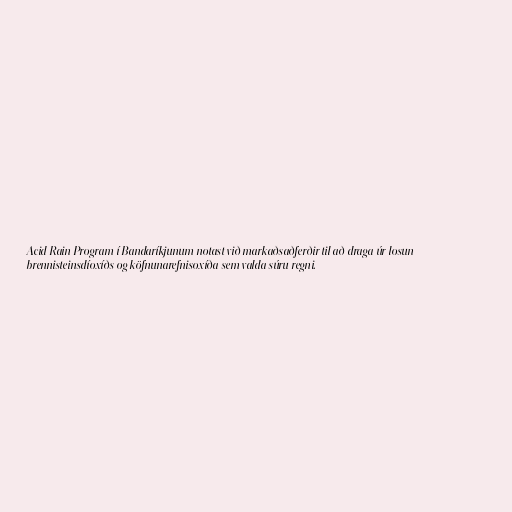
Acid Rain Program í Bandaríkjunum notast við markaðsaðferðir til að draga úr losun
brennisteinsdíoxíðs og köfnunarefnisoxíða sem valda súru regni.